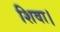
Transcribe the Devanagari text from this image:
शिवा।